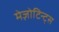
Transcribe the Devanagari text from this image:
मेज़ोटिन्ट्स